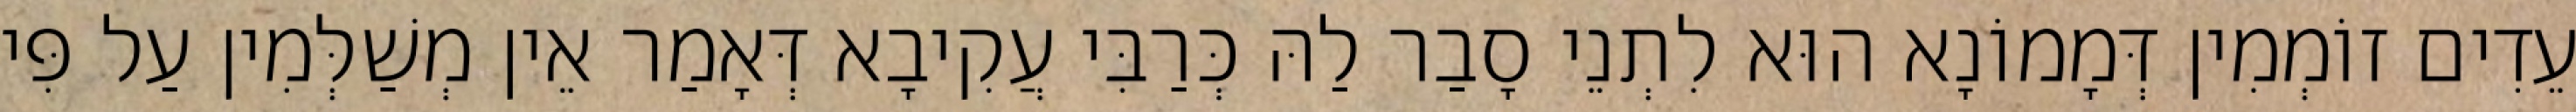
עֵדִים זוֹמְמִין דְּמָמוֹנָא הוּא לִתְנֵי סָבַר לַהּ כְּרַבִּי עֲקִיבָא דְּאָמַר אֵין מְשַׁלְּמִין עַל פִּי